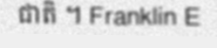
ជាតិ ។ Franklin E